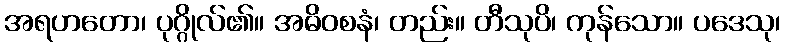
အရဟတော၊ ပုဂ္ဂိုလ်၏။ အဓိဝစနံ၊ တည်း။ တီသုပိ၊ ကုန်သော။ ပဒေသု၊